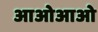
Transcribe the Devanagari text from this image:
आओआओ